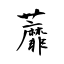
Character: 蘼